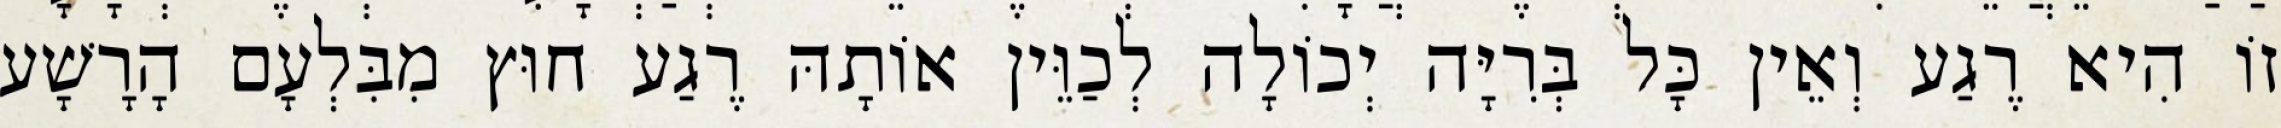
זוֹ הִיא רֶגַע וְאֵין כָּל בְּרִיָּה יְכוֹלָה לְכַוֵּין אוֹתָהּ רֶגַע חוּץ מִבִּלְעָם הָרָשָׁע